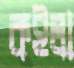
কইলা